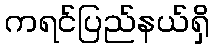
ကရင်ပြည်နယ်ရှိ